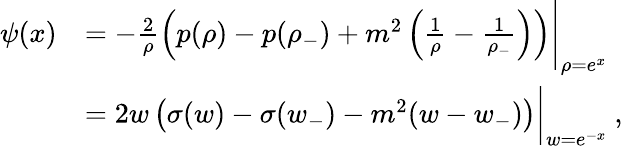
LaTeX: \begin{array}{rl}{\psi(x)}&{=-\frac{2}{\rho}\left(p(\rho)-p(\rho_{-})+m^{2}\left(\frac{1}{\rho}-\frac{1}{\rho_{-}}\right)\right)\Bigg|_{\rho=e^{x}}}\\ &{=2w\left(\sigma(w)-\sigma(w_{-})-m^{2}(w-w_{-})\right)\bigg|_{w=e^{-x}}\ ,}\end{array}